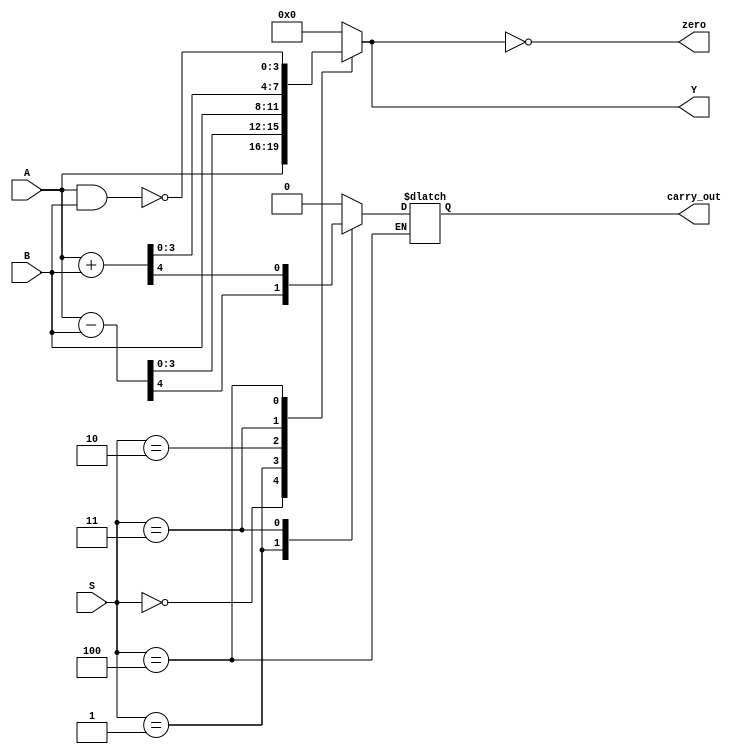
module Alu (input [3:0] A, B, input [2:0] S,output [3:0] Y, output carry_out, zero);

  reg [4:0] temp;

  assign Y = temp [3:0];
  assign carry_out = temp [4];
  assign zero = (temp[3:0] == 0);

  always @ (A, B, S) begin
    case (S)
      3'b000: temp = A;
      3'b001: temp = A-B;
      3'b010: temp = B;
      3'b011: temp = A+B;
      3'b100: temp[3:0] = ~(A&B);
      default: temp = 0;
    endcase
  end

endmodule

/* Una alu es un circuito el cual permite realizar operaciones
logicas y aritmeticas; en este caso utilizando 4 bits y un operador
de 3 bits se realizan los procesos aritmeticos y logicos como Sumar, Restar, etc. 
dependiendo de la operacion seleccionada*/